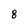
Character: 8